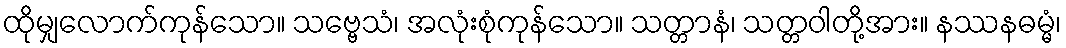
ထိုမျှလောက်ကုန်သော။ သဗ္ဗေသံ၊ အလုံးစုံကုန်သော။ သတ္တာနံ၊ သတ္တဝါတို့အား။ နဿနဓမ္မံ၊